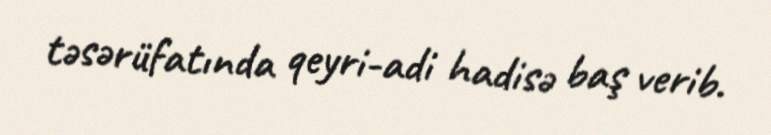
təsərüfatında qeyri-adi hadisə baş verib.